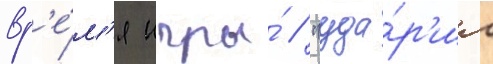
вр'е́м'я игры́ / "уда́р'ил